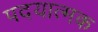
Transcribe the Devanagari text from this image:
पदयात्मक